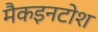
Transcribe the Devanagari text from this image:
मैकइनटोश